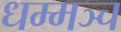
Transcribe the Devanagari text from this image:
धम्मञ्च